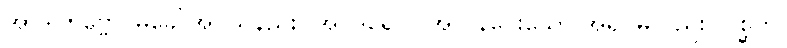
အာဒါတဗ္ဗော၊ မခေါ်အပ်သနည်း။ အဝိဒူရေဝါ၊ အလွန်ဝေးသော အရပ်မူလည်း။ ဂစ္ဆတိ၊